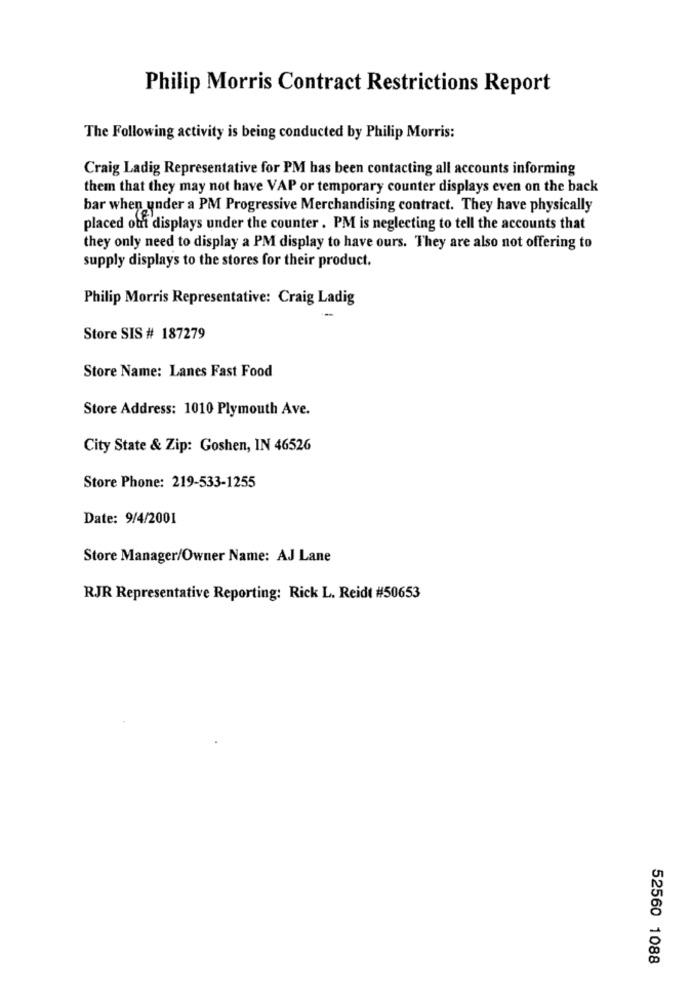
Philip Morris Contract Restrictions Report
The Following activity is being conducted by Philip Morris:
Craig Ladig Representative for PM has been contacting all accounts informing
them that they may not have VAP or temporary counter displays even on the back
bar when under a PM Progressive Merchandising contract. They have physically
placed out displays under the counter . PM is neglecting to tell the accounts that
they only need to display a PM display to have ours. They are also not offering to
supply displays to the stores for their product.
Philip Morris Representative: Craig Ladig
Store SIS # 187279
Store Name: Lanes Fast Food
Store Address: 1010 Plymouth Ave.
City State & Zip: Goshen, IN 46526
Store Phone: 219-533-1255
Date: 9/4/2001
Store Manager/Owner Name: AJ Lane
RJR Representative Reporting: Rick L. Reidt #50653
52560 1088